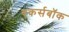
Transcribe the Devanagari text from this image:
एकर्सबॉक